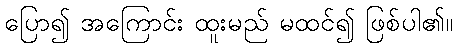
ပြော၍ အကြောင်း ထူးမည် မထင်၍ ဖြစ်ပါ၏။